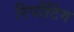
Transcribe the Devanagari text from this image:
रिर्पोटिंग